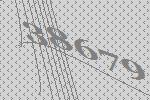
38679